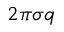
2 \pi \sigma q